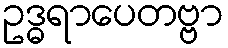
ဥဒ္ဓရာပေတဗ္ဗာ